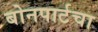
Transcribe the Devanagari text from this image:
बोनपार्टचा